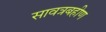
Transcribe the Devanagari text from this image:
सावत्रबहीण